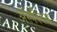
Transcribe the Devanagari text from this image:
ॲस्पॅरेगस